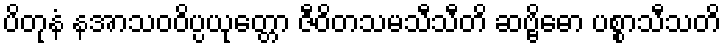
ပိတုနံ နအာသဝဝိပ္ပယုတ္တော ဇီဝိတသမသီသီတိ ဆဗ္ဗိဓော ပစ္စာသီသတိ